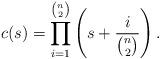
LaTeX: \begin{align*}c(s) = \prod_{i=1}^{\binom{n}{2}}\left(s + \frac{i}{\binom{n}{2}} \right).\end{align*}